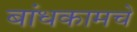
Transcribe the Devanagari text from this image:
बांधकामचे